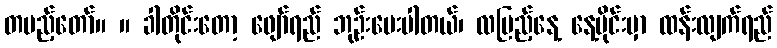
တပည့်တော်။ ။ ခါတိုင်းတော့ ဖျော်ရည် ဘုဉ်းပေးပါတယ်၊ လပြည့်နေ့ နေ့ပိုင်းမှာ ထန်းလျက်ရည်